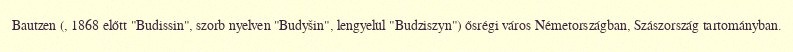
Bautzen (, 1868 előtt "Budissin", szorb nyelven "Budyšin", lengyelül "Budziszyn") ősrégi város Németországban, Szászország tartományban.